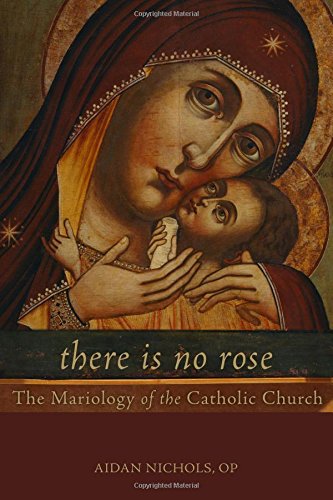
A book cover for There Is No Rose: The Mariology of the Catholic Church; Aidan Nichols; Christian Books & Bibles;